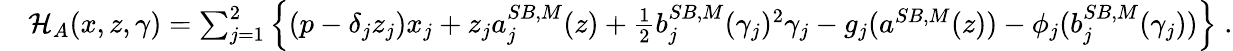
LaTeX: \begin{array}{rl}&{\mathcal{H}_{A}(x,z,\gamma)=\sum_{j=1}^{2}\left\{ (p-\delta_{j}z_{j})x_{j}+z_{j}a_{j}^{SB,M}(z)+\frac 12b_{j}^{SB,M}(\gamma_{j})^{2}\gamma_{j}-g_{j}(a^{SB,M}(z))-\phi_{j}(b_{j}^{SB,M}(\gamma_{j}))\right\} \; .}\end{array}